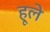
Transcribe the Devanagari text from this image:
हूले